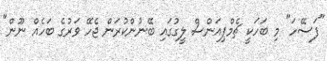
"ފަސޭހަ" މި ބަހަކީ ޗެމްޕިއަންސް ލީގުގައި ބޭނުންކުރަން ޖެހޭ ވަރުގެ ބަހެއް ނޫން"